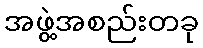
အဖွဲ့အစည်းတခု